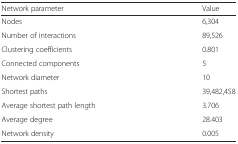
| Network parameter | Value |
 | --- | --- |
 | Nodes | 6,304 |
 | Number of interactions | 89,526 |
 | Clustering coefficients | 0.801 |
 | Connected components | 5 |
 | Network diameter | 10 |
 | Shortest paths | 39,482,458 |
 | Average shortest path length | 3.706 |
 | Average degree | 28.403 |
 | Network density | 0.005 |